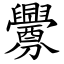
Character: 釁